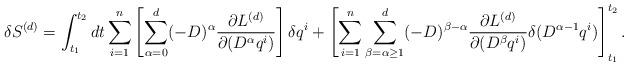
LaTeX: \begin{align*}\delta S^{(d)}=\int^{t_{2}}_{t_{1}}dt\sum_{i=1}^{n}\left[\sum^{d}_{\alpha=0}(-D)^{\alpha}\frac{\partial L^{(d)}}{\partial (D^{\alpha}q^{i})}\right]\delta q^{i}+\left[\sum_{i=1}^{n}\sum^{d}_{\beta=\alpha\geq1}(-D)^{\beta-\alpha}\frac{\partial L^{(d)}}{\partial (D^{\beta}q^{i})}\delta(D^{\alpha-1}q^{i})\right]^{t_{2}}_{t_{1}}.\end{align*}